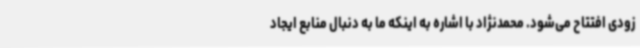
زودی افتتاح می‌شود. محمدنژاد با اشاره به اینکه ما به دنبال منابع ایجاد